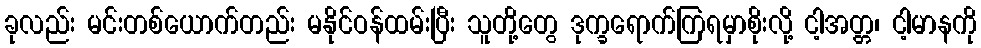
ခုလည်း မင်းတစ်ယောက်တည်း မနိုင်ဝန်ထမ်းပြီး သူတို့တွေ ဒုက္ခရောက်ကြရမှာစိုးလို့ ငါ့အတ္တ၊ ငါ့မာနကို